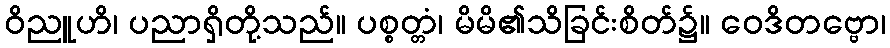
ဝိညူဟိ၊ ပညာရှိတို့သည်။ ပစ္စတ္တံ၊ မိမိ၏သိခြင်းစိတ်၌။ ဝေဒိတဗ္ဗော၊